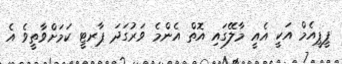
ޕީޕީއެމް އަކީ އެއީ މާލޭގައި އޮތް އެންމެ ވަރުގަދަ ޕާރޓީ ކަމަށްވާތީވެ އެ